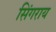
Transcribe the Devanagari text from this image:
सिंगराय